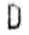
D